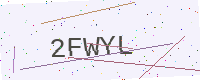
Text: 2FWYL